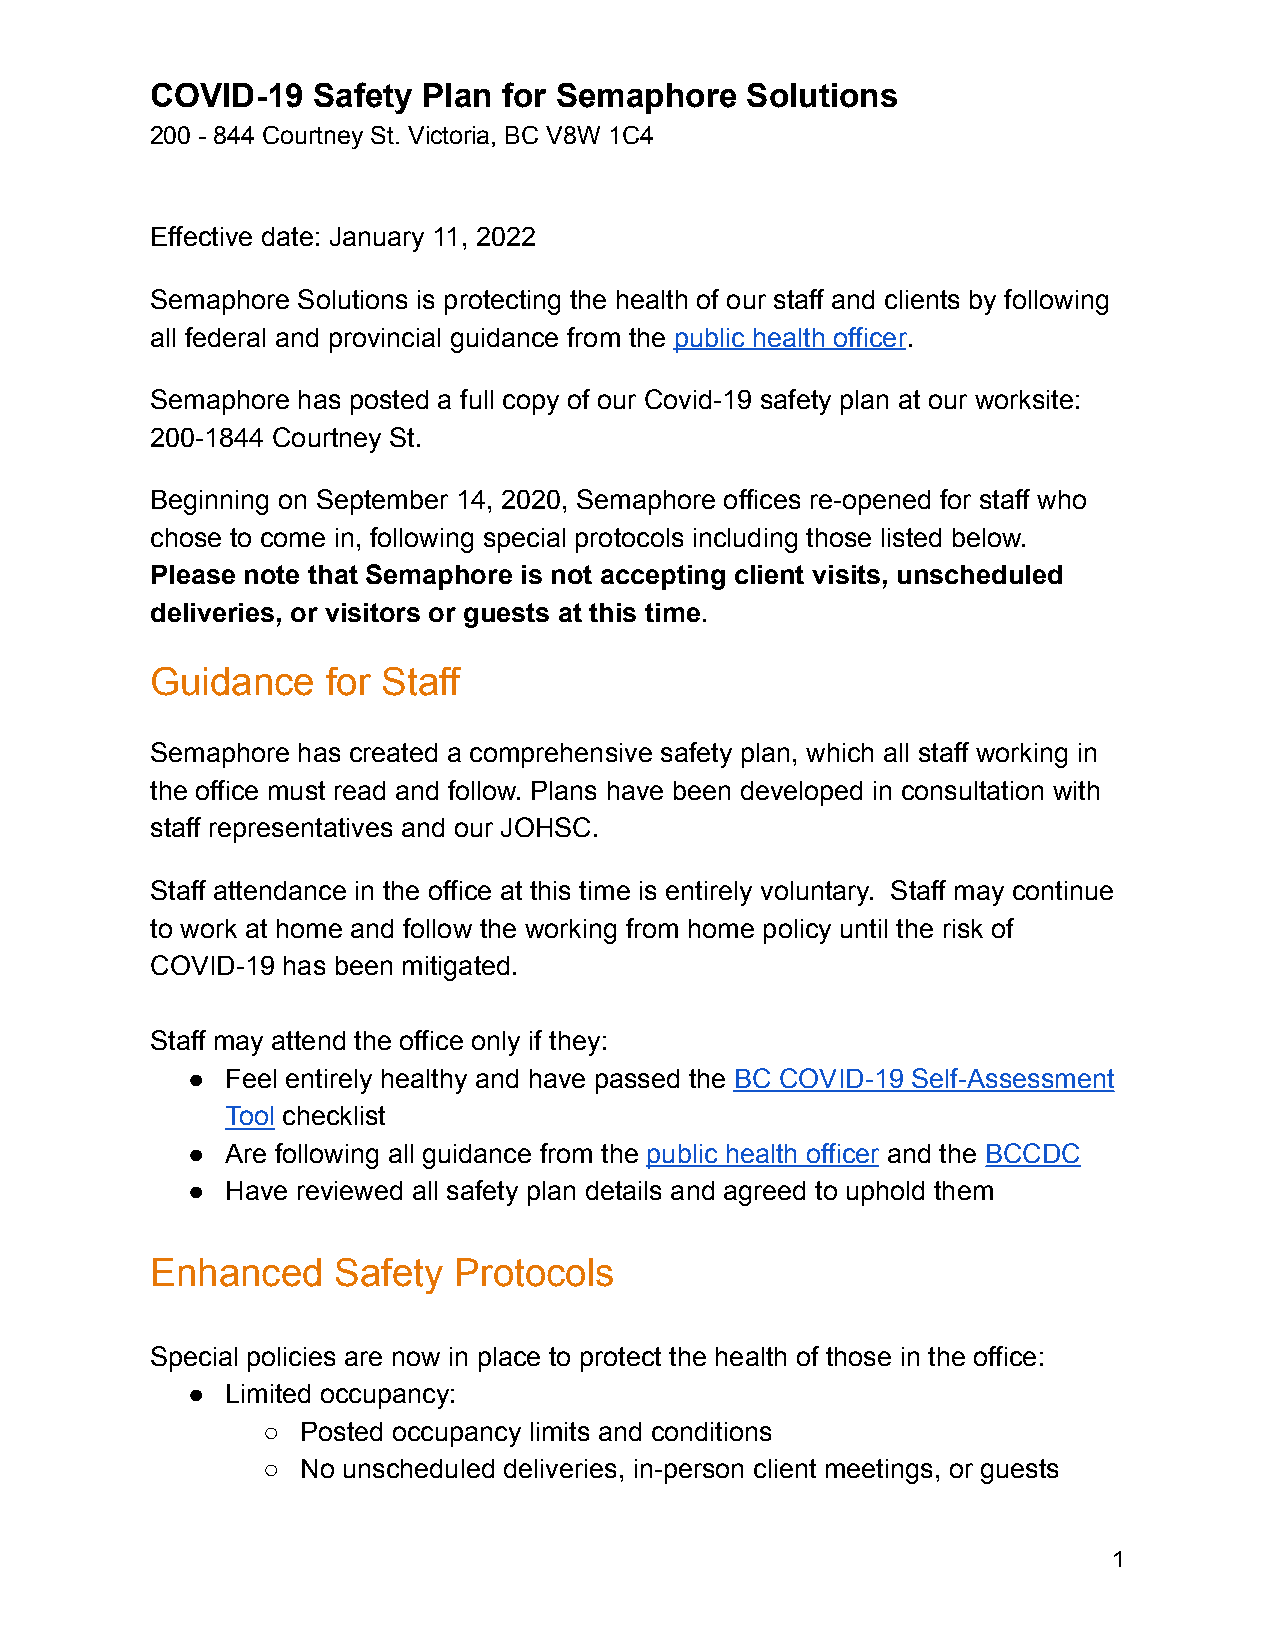
COVID-19   Safety Plan for Semaphore   Solutions
 200 - 844 Courtney St. Victoria, BC V8W 1C4
 Effective date: January 11, 2022
 Semaphore Solutions is protecting the health of our staff and clients by following
 all federal and provincial guidance from the public health officer.
 Semaphore has posted a full copy of our Covid-19 safety plan at our worksite:
 200-1844 Courtney St.
 Beginning on September 14, 2020, Semaphore offices re-opened for staff who
 chose to come in, following special protocols including those listed below.
 Please note that Semaphore is not accepting client visits, unscheduled
 deliveries, or visitors or guests at this time.
 Guidance    for Staff
 Semaphore has created a comprehensive safety plan, which all staff working in
 the office must read and follow. Plans have been developed in consultation with
 staff representatives and our JOHSC.
 Staff attendance in the office at this time is entirely voluntary. Staff may continue
 to work at home and follow the working from home policy until the risk of
 COVID-19 has been mitigated.
 Staff may attend the office only if they:
 ●  Feel entirely healthy and have passed the BC COVID-19 Self-Assessment
 Tool checklist
 ●  Are following all guidance from the public health officer and the BCCDC
 ●  Have reviewed all safety plan details and agreed to uphold them
 Enhanced    Safety  Protocols
 Special policies are now in place to protect the health of those in the office:
 ●  Limited occupancy:
 ○  Posted occupancy limits and conditions
 ○  No unscheduled deliveries, in-person client meetings, or guests
 1